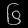
Digit: ၆